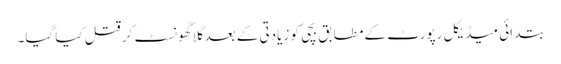
بتدائی میڈیکل رپورٹ کے مطابق بچی کو زیادتی کے بعد گلا گھونسٹ کر قتل کیا گیا۔